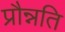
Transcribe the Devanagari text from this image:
प्रौन्नति